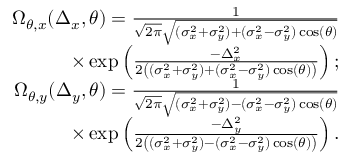
\begin{array} { r } { \Omega _ { \theta , x } ( \Delta _ { x } , \theta ) = \frac { 1 } { \sqrt { 2 \pi } \sqrt { ( \sigma _ { x } ^ { 2 } + \sigma _ { y } ^ { 2 } ) + ( \sigma _ { x } ^ { 2 } - \sigma _ { y } ^ { 2 } ) \cos ( \theta ) } } } \\ { \times \exp \left( \frac { - \Delta _ { x } ^ { 2 } } { 2 \left( ( \sigma _ { x } ^ { 2 } + \sigma _ { y } ^ { 2 } ) + ( \sigma _ { x } ^ { 2 } - \sigma _ { y } ^ { 2 } ) \cos ( \theta ) \right) } \right) ; } \\ { \Omega _ { \theta , y } ( \Delta _ { y } , \theta ) = \frac { 1 } { \sqrt { 2 \pi } \sqrt { ( \sigma _ { x } ^ { 2 } + \sigma _ { y } ^ { 2 } ) - ( \sigma _ { x } ^ { 2 } - \sigma _ { y } ^ { 2 } ) \cos ( \theta ) } } } \\ { \times \exp \left( \frac { - \Delta _ { y } ^ { 2 } } { 2 \left( ( \sigma _ { x } ^ { 2 } + \sigma _ { y } ^ { 2 } ) - ( \sigma _ { x } ^ { 2 } - \sigma _ { y } ^ { 2 } ) \cos ( \theta ) \right) } \right) . } \end{array}